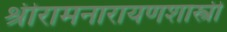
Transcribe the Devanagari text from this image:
श्रीरामनारायणशास्त्री